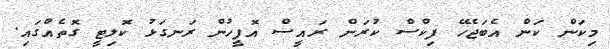
މިކަން ކަން އެބަޖެހޭ ފިކްސް ކުރަން ރައީސް އޮފީހުން ރަނގަޅު ކޮލިޓީ ގޮތެއްގައި.